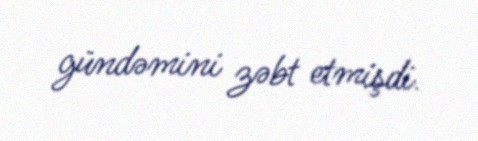
gündəmini zəbt etmişdi.